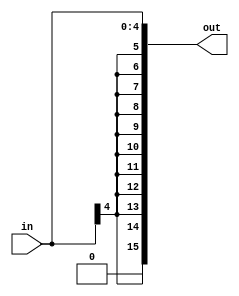
module sext5_16 (in, out);
	input	[4:0]	in;
	output	[15:0] 	out;
	assign out = {{10{in[4]}}, in};
endmodule